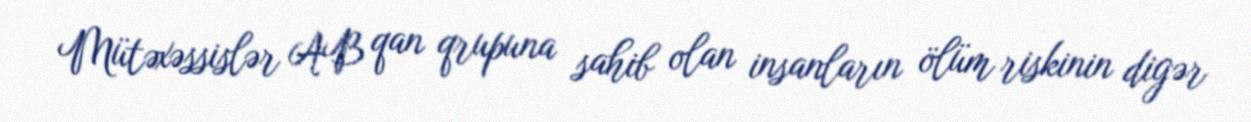
Mütəxəssislər AB qan qrupuna sahib olan insanların ölüm riskinin digər